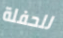
للحفلة